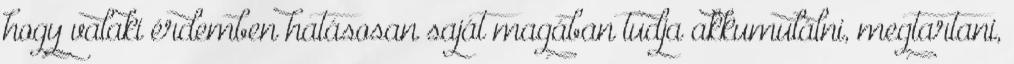
hogy valaki érdemben hatásosan saját magában tudja akkumulálni, megtartani,